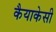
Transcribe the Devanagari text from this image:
कैयाकेसी